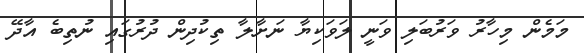
މަމެން މިހާރު ވަރުބަލި ވަނީ ލަވަކިޔާ ނަށާލާ ތިކުދިން ދުރުގައި ނުތިބެ އާދޭ